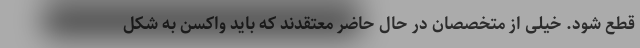
قطع شود. خیلی از متخصصان در حال حاضر معتقدند که باید واکسن به شکل